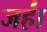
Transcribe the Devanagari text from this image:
जहा॑